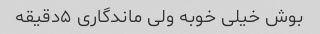
بوش خیلی خوبه ولی ماندگاری ۵دقیقه